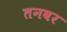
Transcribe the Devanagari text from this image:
तनवर